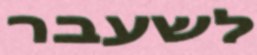
לשעבר